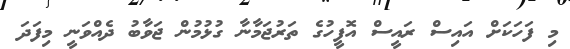
މި ފަހަކަށް އައިސް ރައީސް އޮފީހުގެ ތަރުޖަމާނާ ގުޅުމުން ޖަވާބު ދެއްވަނީ މިފަދަ